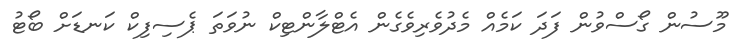
މޫސުން ގޯސްވުން ފަދަ ކަމެއް މެދުވެރިވެގެން އެޓްލާންޓިކް ނުވަތަ ޕެސިފިކް ކަަނޑަށް ބޯޓު